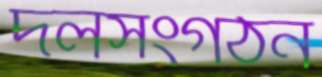
দলসংগঠন